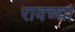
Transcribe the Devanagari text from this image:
रावच्या